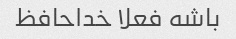
باشه فعلا خداحافظ